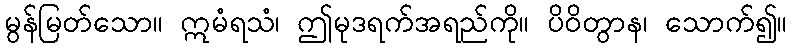
မွန်မြတ်သော။ ဣမံရသံ၊ ဤမုဒရက်အရည်ကို။ ပိဝိတွာန၊ သောက်၍။